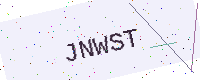
Text: JNWST